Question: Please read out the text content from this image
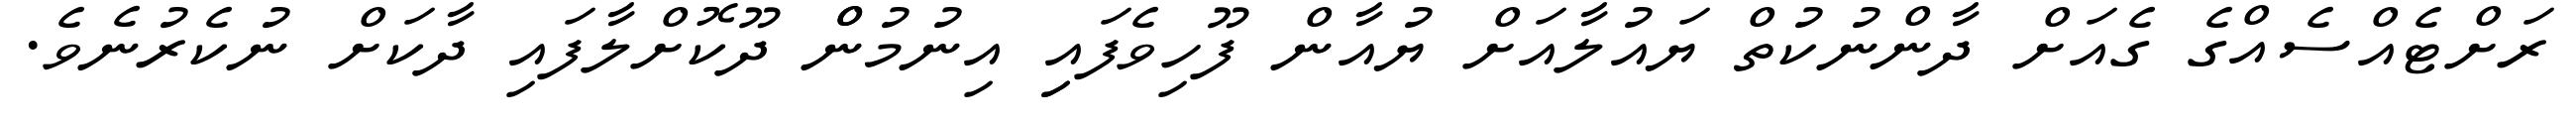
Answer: ރަށްޓެއްސެއްގެ ގެއަށް ދާންނުކުތް ޔައުލާއަށް ޔުއާން ފޫހިވެފައިި އިނުމުންް ދޫކޮށްލާފައި ދާކަށް ނުކެރުނެވެ.